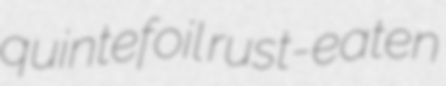
quintefoil rust-eaten